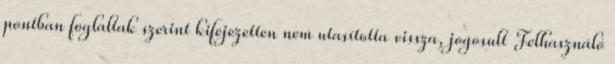
pontban foglaltak szerint kifejezetten nem utasította vissza, jogosult Felhasználó